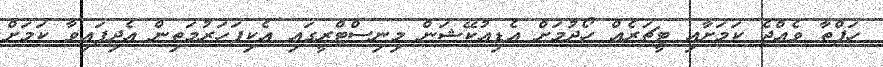
ހަފްތާ ވެއްޖެ ކަމަށާއި ޓީޗަރެއް ހޯދުމަށް އެޑިއުކޭޝަން މިނިސްޓްރީގައި އެކިފަހަރުމަތިން އެދިފައިވާ ކަމަށް